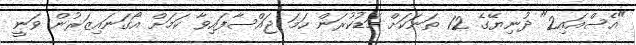
"އެސްއައި2" ދުނިޔޭގެ 12 ތަނަކަށް މަޑުކުރަން ހަމަ ޖައްސާފައިވާ ކަމަށް އޯގަނައިޒަރުން ވަނީ